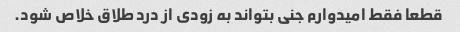
قطعا فقط امیدوارم جنی بتواند به زودی از درد طلاق خلاص شود.